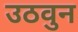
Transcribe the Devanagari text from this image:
उठवुन